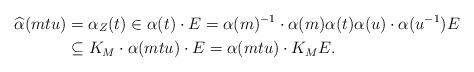
LaTeX: \begin{align*} \widehat\alpha(mtu) &= \alpha_Z(t)\in \alpha(t) \cdot E= \alpha(m)^{-1} \cdot \alpha(m) \alpha(t) \alpha(u) \cdot \alpha(u^{-1}) E\\&\subseteq K_M \cdot \alpha(mtu) \cdot E= \alpha(mtu) \cdot K_M E. \end{align*}